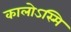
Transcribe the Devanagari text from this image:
कालोऽस्मि